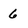
Character: 6